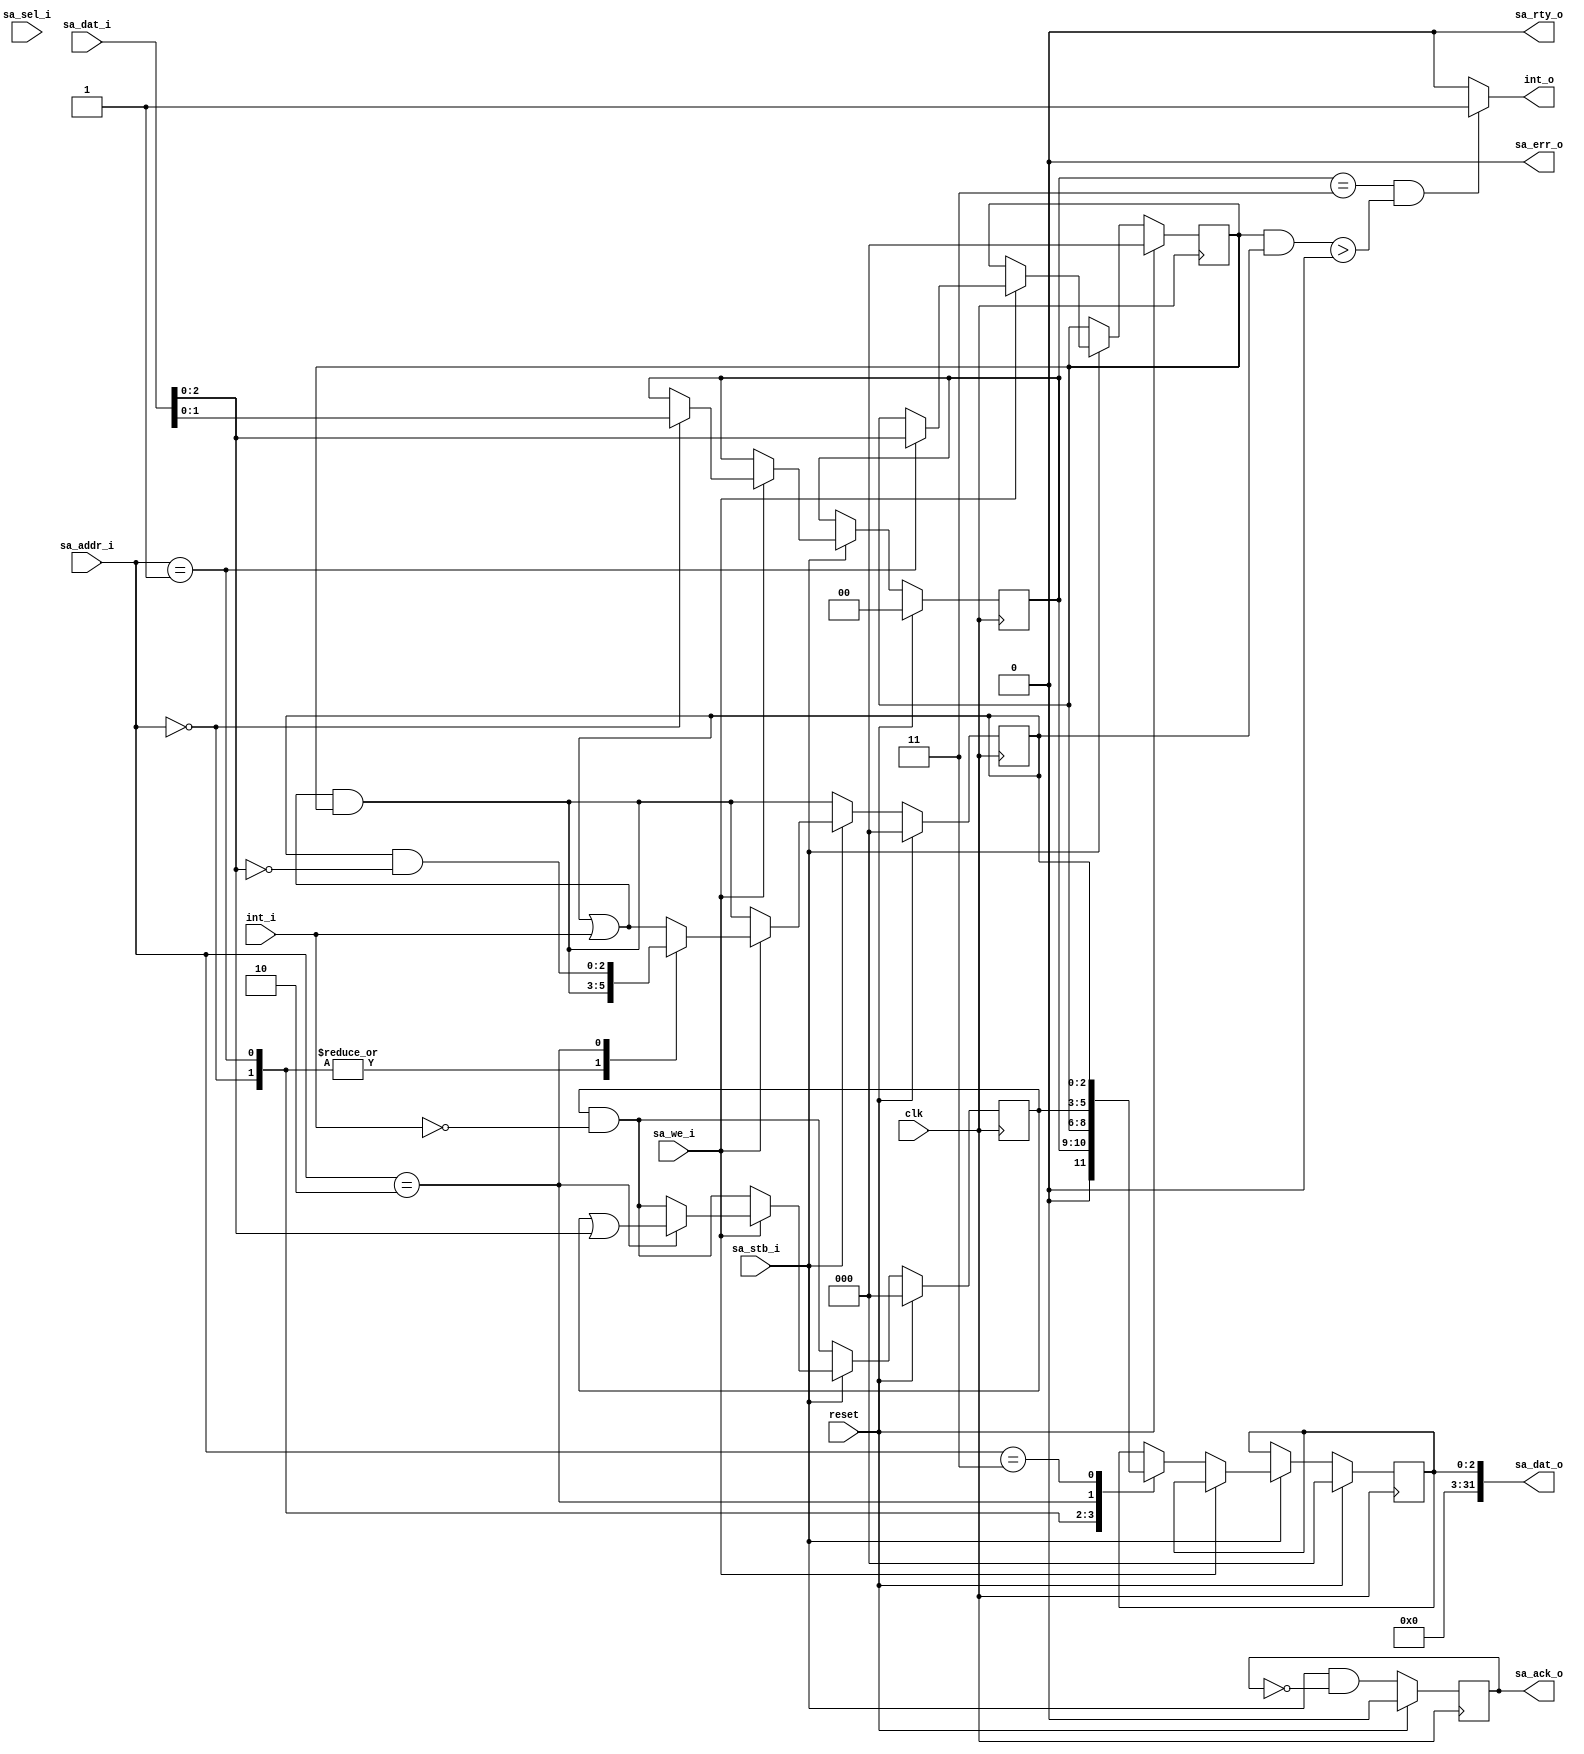
/**********************************************************************
**	
**    
**	Copyright (C) 2014-2017  Alireza Monemi
**    
**	This file is part of ProNoC 
**
**	ProNoC ( stands for Prototype Network-on-chip)  is free software: 
**	you can redistribute it and/or modify it under the terms of the GNU
**	Lesser General Public License as published by the Free Software Foundation,
**	either version 2 of the License, or (at your option) any later version.
**
** 	ProNoC is distributed in the hope that it will be useful, but WITHOUT
** 	ANY WARRANTY; without even the implied warranty of MERCHANTABILITY
** 	or FITNESS FOR A PARTICULAR PURPOSE.  See the GNU Lesser General
** 	Public License for more details.
**
** 	You should have received a copy of the GNU Lesser General Public
** 	License along with ProNoC. If not, see <http:**www.gnu.org/licenses/>.
**
**
**	Description: 
**	Intrrupt control module. It is used for CPUs with only one input 
**	intrrupt pin to support multiple intrrupt signals 	
**
**
*******************************************************************/














// synthesis translate_off
`timescale 1ns / 1ps
// synthesis translate_on


module int_ctrl #(
	
	parameter INT_NUM		= 3, // number of intrupt  max 32,
	parameter Dw  =    32,   // wishbone bus data width
    parameter Aw  = 3,     // wishbone bus address width
    parameter SELw= 4    // wishbone bus sel width
)
(
    clk,
    reset,
	
	// wishbone interface
    sa_dat_i,
    sa_sel_i,
    sa_addr_i,	
    sa_stb_i,
    sa_we_i,
    sa_dat_o,
    sa_ack_o,
    sa_err_o,
    sa_rty_o,
  

	//intruupt interface
    int_i,
    int_o
	
);
	
	
	
	input                       clk,reset;
	
    // wishbone interface
    input   [Dw-1       :   0]  sa_dat_i;
    input   [SELw-1     :   0]  sa_sel_i;
    input   [Aw-1       :   0]  sa_addr_i;  
    input                       sa_stb_i;
    input                       sa_we_i;
    output  [Dw-1       :   0]  sa_dat_o;
    output  reg                 sa_ack_o;
    //intruupt interface
    input   [INT_NUM-1  :   0]  int_i;
    output                      int_o;
	
     output  sa_err_o, sa_rty_o;
   assign  sa_err_o=1'b0;
   assign  sa_rty_o=1'b0;
	
	
	
	localparam 	[Aw-1		:	0]		MER_REG_ADDR	=	0;
	localparam	[Aw-1		:	0]		IER_REG_ADDR	=	1;
	localparam	[Aw-1		:	0]		IAR_REG_ADDR	=	2;
	localparam	[Aw-1		:	0]		IPR_REG_ADDR	=	3;
	
	localparam  LD_ZERO   		= (INT_NUM >2 )? INT_NUM-2 : 0; 
	//localparam  DATA_BUS_MASK	= (EXT_INT_EN <<2)	 + (TIMER_EN << 1)+ NOC_EN ;
//internal register 	
	reg [INT_NUM-1	:	0]	ipr,ier,iar;
	reg [INT_NUM-1	:	0]	ipr_next,ier_next,iar_next;
	reg [INT_NUM-1	:	0] read,read_next;
	reg [1:0]				mer,mer_next;
	
	wire [INT_NUM-1:0]  sa_dat_i_masked, int_i_masked;
	
	assign sa_dat_i_masked = sa_dat_i;// & 	DATA_BUS_MASK [INT_NUM-1:0];
	assign int_i_masked    = int_i 	 ;//& 	DATA_BUS_MASK [INT_NUM-1:0];
	always@(*) begin 
		mer_next			= mer;
		ier_next			= ier;
		iar_next			= iar	& ~ int_i_masked;
		ipr_next			= (ipr	| int_i_masked) & ier;
		
		read_next		=	read;
		if(sa_stb_i )
			if(sa_we_i ) begin 
				case(sa_addr_i)
					MER_REG_ADDR:	mer_next	=	sa_dat_i[1:0];	
					IER_REG_ADDR:	ier_next	=	sa_dat_i_masked[INT_NUM-1	:	0];
					IAR_REG_ADDR:	begin 
										iar_next	=	iar | sa_dat_i_masked[INT_NUM-1		:	0];//set iar by writting 1
										ipr_next	= ipr &	~sa_dat_i_masked[INT_NUM-1		:	0];//reset ipr by writting 1
					end
					default:		ipr_next			= ipr	| int_i_masked;
				endcase
			end//we
			else begin
				case(sa_addr_i)
					MER_REG_ADDR:	read_next		=	{{LD_ZERO{1'b0}},mer};
					IER_REG_ADDR:	read_next		=	ier;
					IAR_REG_ADDR:	read_next		=	iar;
					IPR_REG_ADDR:	read_next		=	ipr;
					default:			read_next		=	read;
				endcase
			end
		end//stb
		
		always @(posedge clk) begin
		if(reset)begin 
			mer		<= 2'b0;
			ier		<= {INT_NUM{1'b0}};
			iar		<= {INT_NUM{1'b0}};
			ipr		<= {INT_NUM{1'b0}};
			read		<=	{INT_NUM{1'b0}};
			sa_ack_o	<=	1'b0;
		end else begin 
			mer		<= mer_next;
			ier		<= ier_next;
			iar		<= iar_next;
			ipr		<= ipr_next;
			read		<= read_next;
			sa_ack_o	<= sa_stb_i && ~sa_ack_o;
		end
	end
	
		assign int_o	= ((mer == 2'b11)	&& ((ier & ipr)>0)	) ? 1'b1	:1'b0;
		assign sa_dat_o = {{(Dw-INT_NUM){1'b0}},read};
	
	
	
	
	
	
	
	endmodule